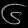
Digit: ၆